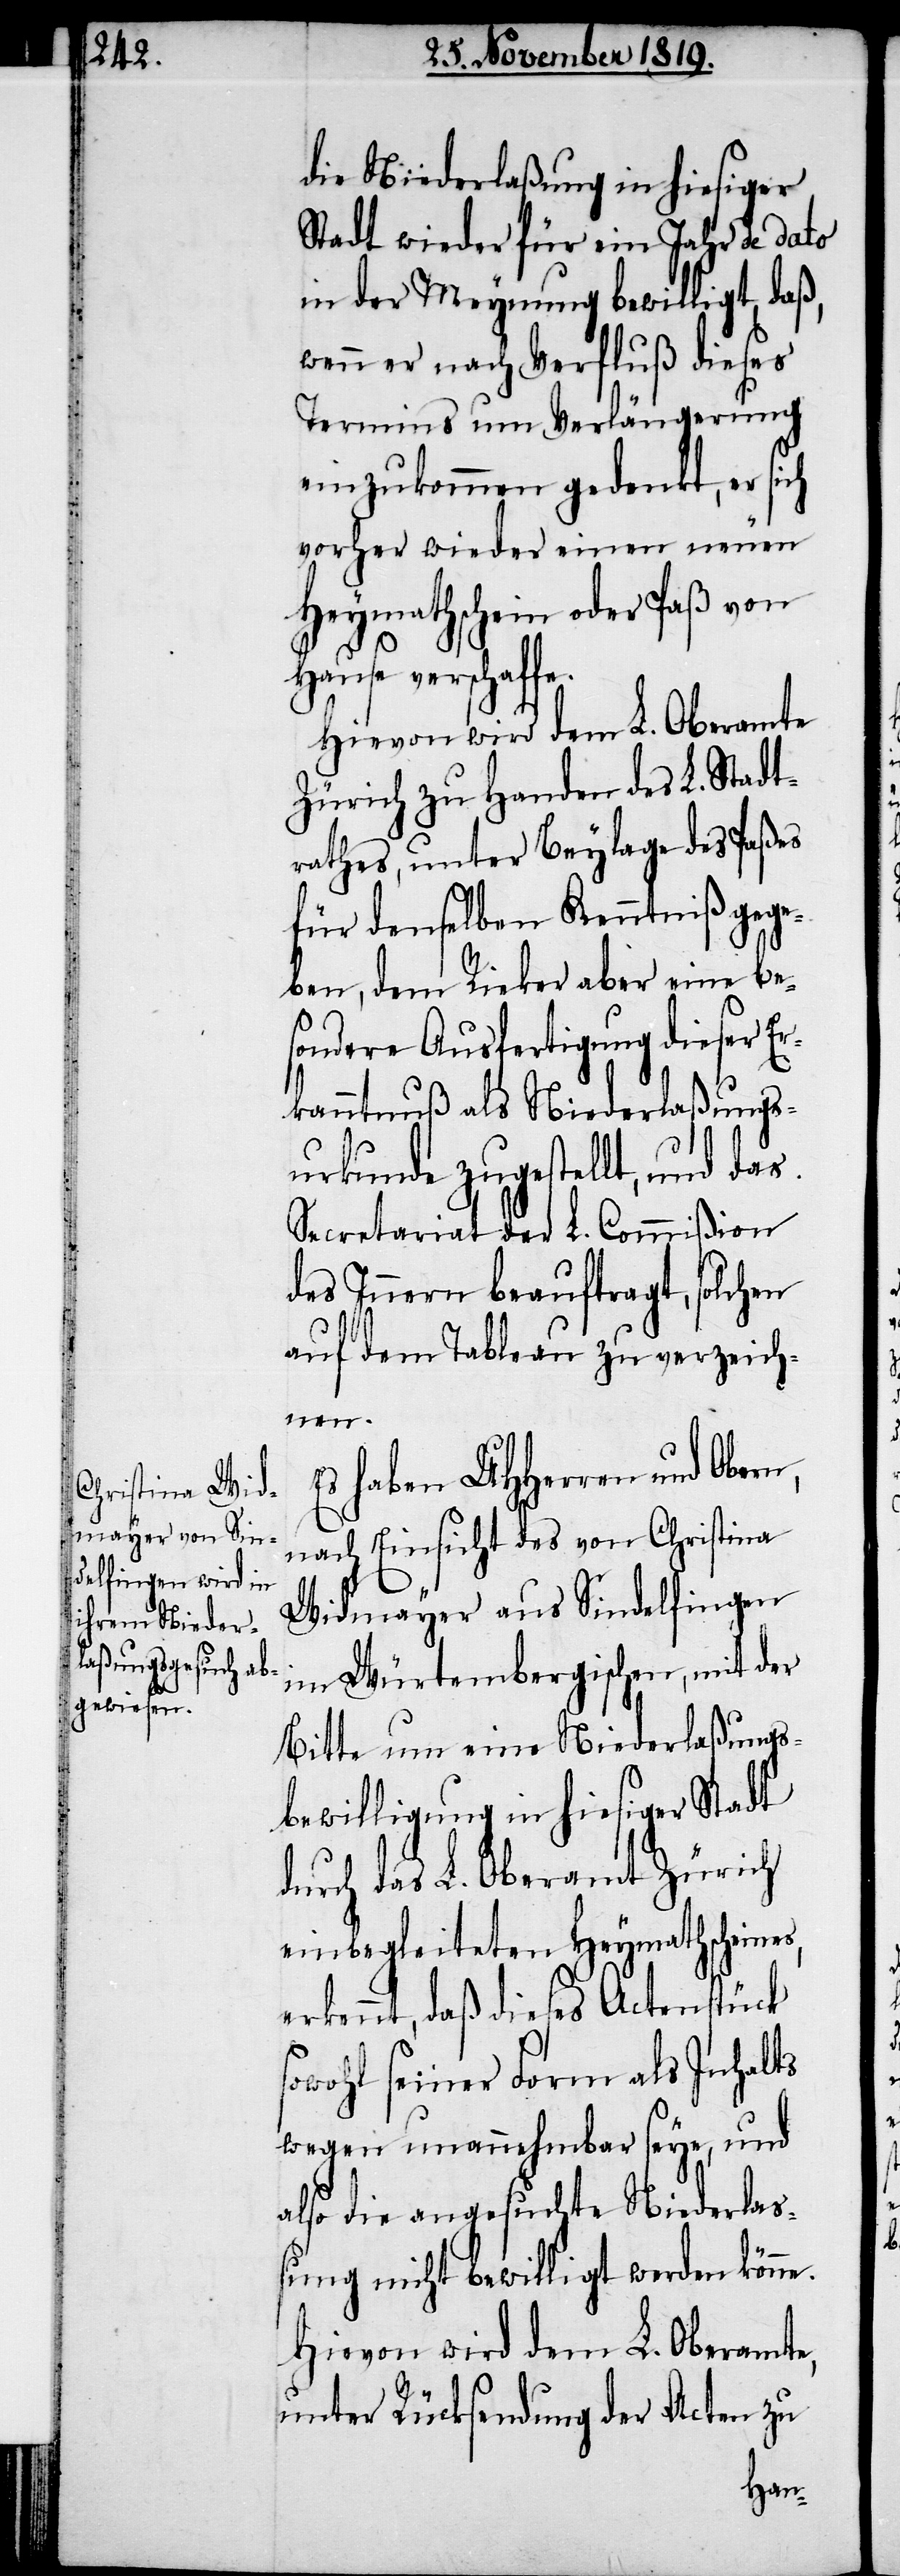
die Niederlaßung in hiesiger
Stadt wieder für ein Jahr de dato
in der Meynung bewilligt, daß,
wenn er nach Verfluß dieses
Termins um Verlängerung
einzukommen gedenkt, er sich
vorher wieder einen neuen
Heymathschein oder Paß von
Hause verschaffe.
Hievon wird dem L. Oberamte
Zürich zu Handen des L. Stadt¬
rathes, unter Beylage des Paßes
für denselben Kenntniß gege¬
ben, dem Rieker aber eine be¬
sondere Ausfertigung dieser Er¬
kanntnuß als Niederlaßungs¬
urkunde zugestellt, und das
Secretariat der L. Commißion
des Innern beauftragt, solchen
auf dem Tableau zu verzeich¬
nen.
Es haben UHHerren und Obern,
nach Einsicht des von Christina
Widmayer aus Sindelfingen
im Würtembergischen, mit der
Bitte um eine Niederlaßungs¬
bewilligung in hiesiger Stadt
durch das L. Oberamt Zürich
einbegleiteten Heymathscheines,
erkennt, daß dieses Actenstück
sowohl seiner Form als Inhalts
wegen unannehmbar seye, und
also die angesuchte Niederlas¬
sung nicht bewilligt werden könne.
Hievon wird dem L. Oberamte,
unter Rücksendung der Acten zu